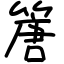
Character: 篖